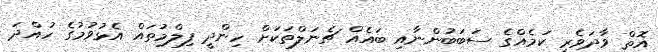
އޮތް ވާދަވެރި ކަމެއްގެ ސަބަބުންނާއި ބައެއް ޗެނަލްތަކަށް ހިންދީ ފިލްމުތައް އެޅުވުމުގެ ހުއްދަ